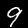
Digit: 9